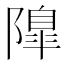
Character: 𨼍